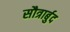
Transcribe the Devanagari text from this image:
सौत्रार्बुद